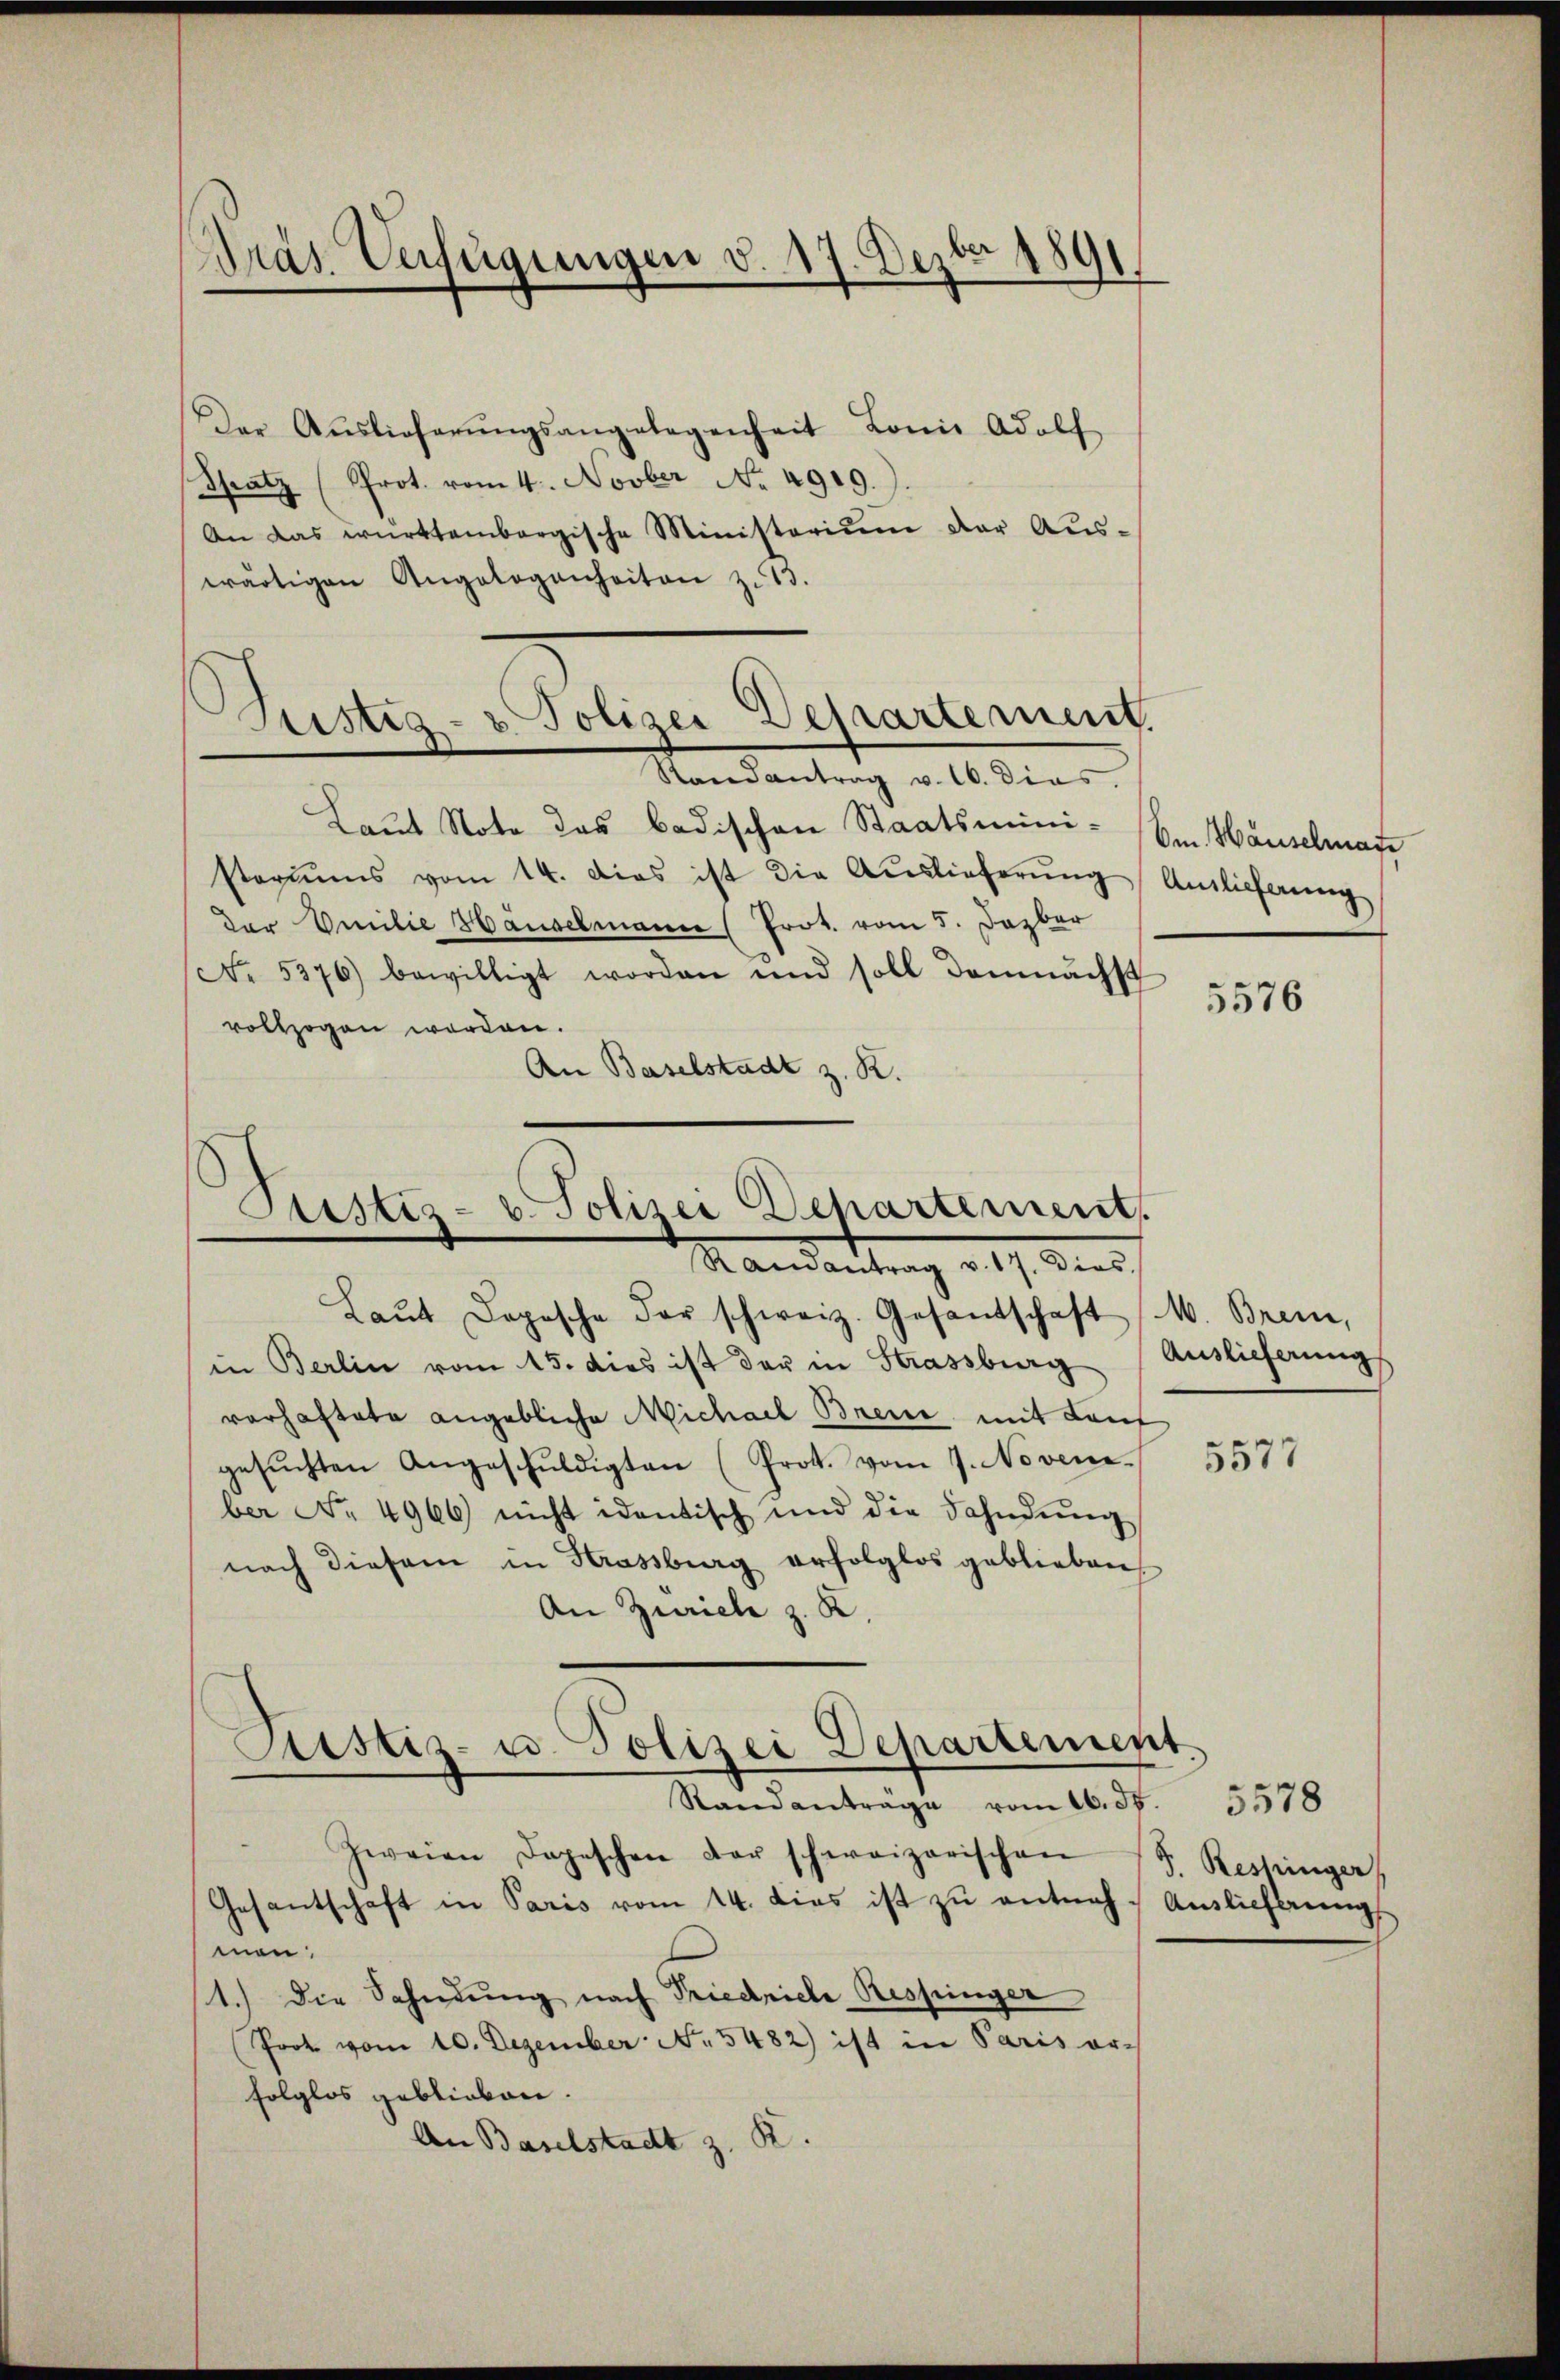
Pras Unfügungen d. 17. Dezbr 1891.

Der Aŭslieferŭngsangelegenheit Lonie Adolf
Spatz (Prot. vom 4. Novber No. 4919.
An das württembergische Ministerium der Aŭs-
wärtigen Angelegenheiten z. 13.
Laut Note das badischen Staatsmini- Am Häuselmatt
steriums vom 14. dies ist die Auslieferŭng
der Emilie Häuselmann (Prot. vom 5. Dezber
No. 5376) bewilligt worden und soll demnächst
vollzogen worden.
An Baselstadt z. R.

s
Justiz- & Polizei Departement.
Randantrag v. 10. dies

Justiz- u. Polizei Departement.
Mandantrag d. 17. des

Auslieferung

Laŭt Dopische der schweiz. Gesantschaft (M. Brem,
in Berlin vom 15. dies ist der in Strassburg (Auslieferung
vorhaftete angebliche Michael Breue mit Kauf
gesŭchten Angeschŭldigten (Prot. vom 7. Noven.
ber No. 4966 nicht identisch und die Fahndŭng
nach diesem in Krassburg erfolglos geblieben,
An Zürich z. K.
Custiz- u. Polizei Departement
Standantrage vom 16. ds. 5578
Zweien Depeschen der schweizerischen
Gesantschaft in Paris vom 14. dies ist zŭ entneh- Auslieferung
men:
1.) Die Sahndung nach Friedriche Respinger
Prot vom 10. Dezember No. 5482) ist in Paris or-
folglos geblieben.
An Baselstadt z. R.

S. Restringer

5576

5577